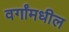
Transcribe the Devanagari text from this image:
वर्गांमधील